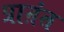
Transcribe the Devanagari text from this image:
प्राऩंत